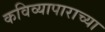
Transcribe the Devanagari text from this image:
कविव्यापाराच्या